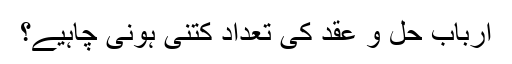
ارباب حل و عقد کی تعداد کتنی ہونی چاہیے؟